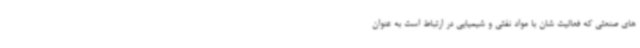
های صنعتی که فعالیت شان با مواد نفتی و شیمیایی در ارتباط است به عنوان